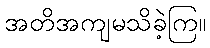
အတိအကျမသိခဲ့ကြ။